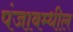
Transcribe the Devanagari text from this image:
पंजाबम्धील